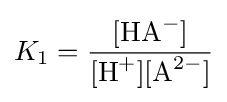
K_{1}={\frac {[{\ce {HA-}}]}{[{\ce {H+}}][{\ce {A^2-}}]}}